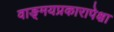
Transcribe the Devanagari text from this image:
वाङ्‌मयप्रकारापेक्षा